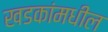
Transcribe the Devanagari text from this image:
खडकांमधील